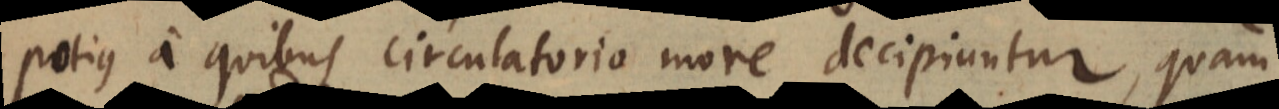
potius a quibus circulatorio more decipiuntur, quam